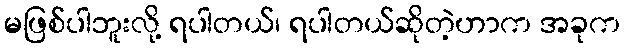
မဖြစ်ပါဘူးလို့ ရပါတယ်၊ ရပါတယ်ဆိုတဲ့ဟာက အခုက